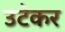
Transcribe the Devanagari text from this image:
उटेकर